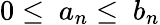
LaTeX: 0\leq\ a_{n}\leq\ b_{n}